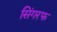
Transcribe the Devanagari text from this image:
सिंगरफ